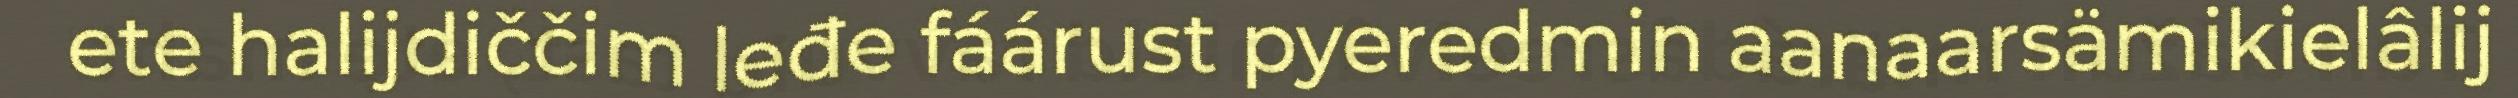
ete halijdiččim leđe fáárust pyeredmin aanaarsämikielâlij